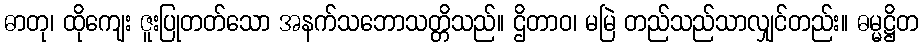
ဓာတု၊ ထိုကျေး ဇူးပြုတတ်သော အနက်သဘောသတ္တိသည်။ ဌိတာဝ၊ မမြဲ တည်သည်သာလျှင်တည်း။ ဓမ္မဋ္ဌိတ